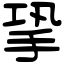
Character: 㧬